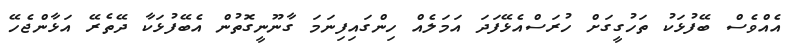
އެއްވެސް ބޭފުޅަކު ތަހުގީގަށް ހުރަސްއެޅޭފަދަ އަމަލެއް ހިންގައިފިނަމަ ގާނޫނީގޮތުން އެބޭފުޅަކާ ދޭތެރޭ އަޅާންޖެހޭ